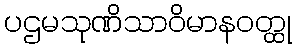
ပဌမသုဏိသာဝိမာနဝတ္ထု